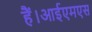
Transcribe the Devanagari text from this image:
हैं।आईएमएस